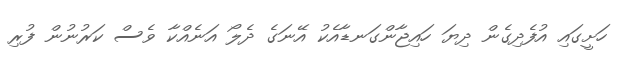
ހަށީގައި އުފެދިގެން ދިޔަ ހައިޖާންގަނޑާއެކު އޭނަގެ ދެލޯ އަނެއްކާ ވެސް ކަރުނުން ފުރި